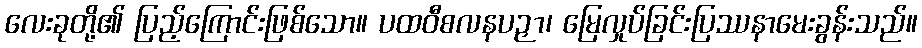
လေးခုတို့၏ ပြည့်ကြောင်းဖြစ်သော။ ပထဝီစလနပဉှာ၊ မြေလှုပ်ခြင်းပြဿနာမေးခွန်းသည်။